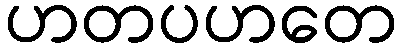
ဟတပဟတေ